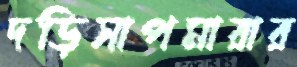
দড়িসাপমারার